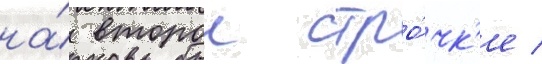
на́ второи стро́чк'е /